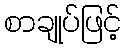
စာချုပ်ဖြင့်